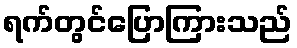
ရက်တွင်ပြောကြားသည်